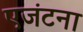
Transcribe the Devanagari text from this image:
एजंटना